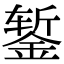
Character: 錾